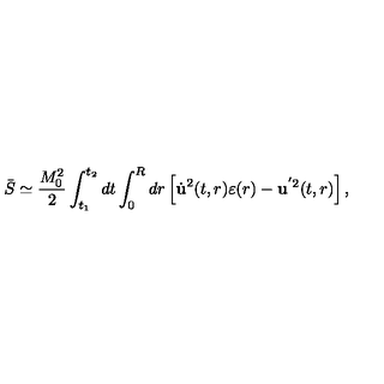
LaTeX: \bar { S } \simeq \frac { M _ { 0 } ^ { 2 } } { 2 } \int _ { t _ { 1 } } ^ { t _ { 2 } } d t \int _ { 0 } ^ { R } d r \left[ \dot { \bf u } ^ { 2 } ( t , r ) \varepsilon ( r ) - { \bf u } ^ { ' 2 } ( t , r ) \right] { , }